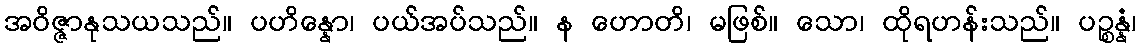
အဝိဇ္ဇာနုသယသည်။ ပဟိန္နော၊ ပယ်အပ်သည်။ န ဟောတိ၊ မဖြစ်။ သော၊ ထိုရဟန်းသည်။ ပဉ္စန္နံ၊